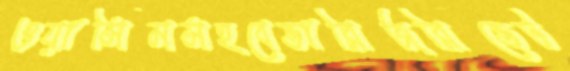
ওয়াসিমসহবেভারিজরিভেট